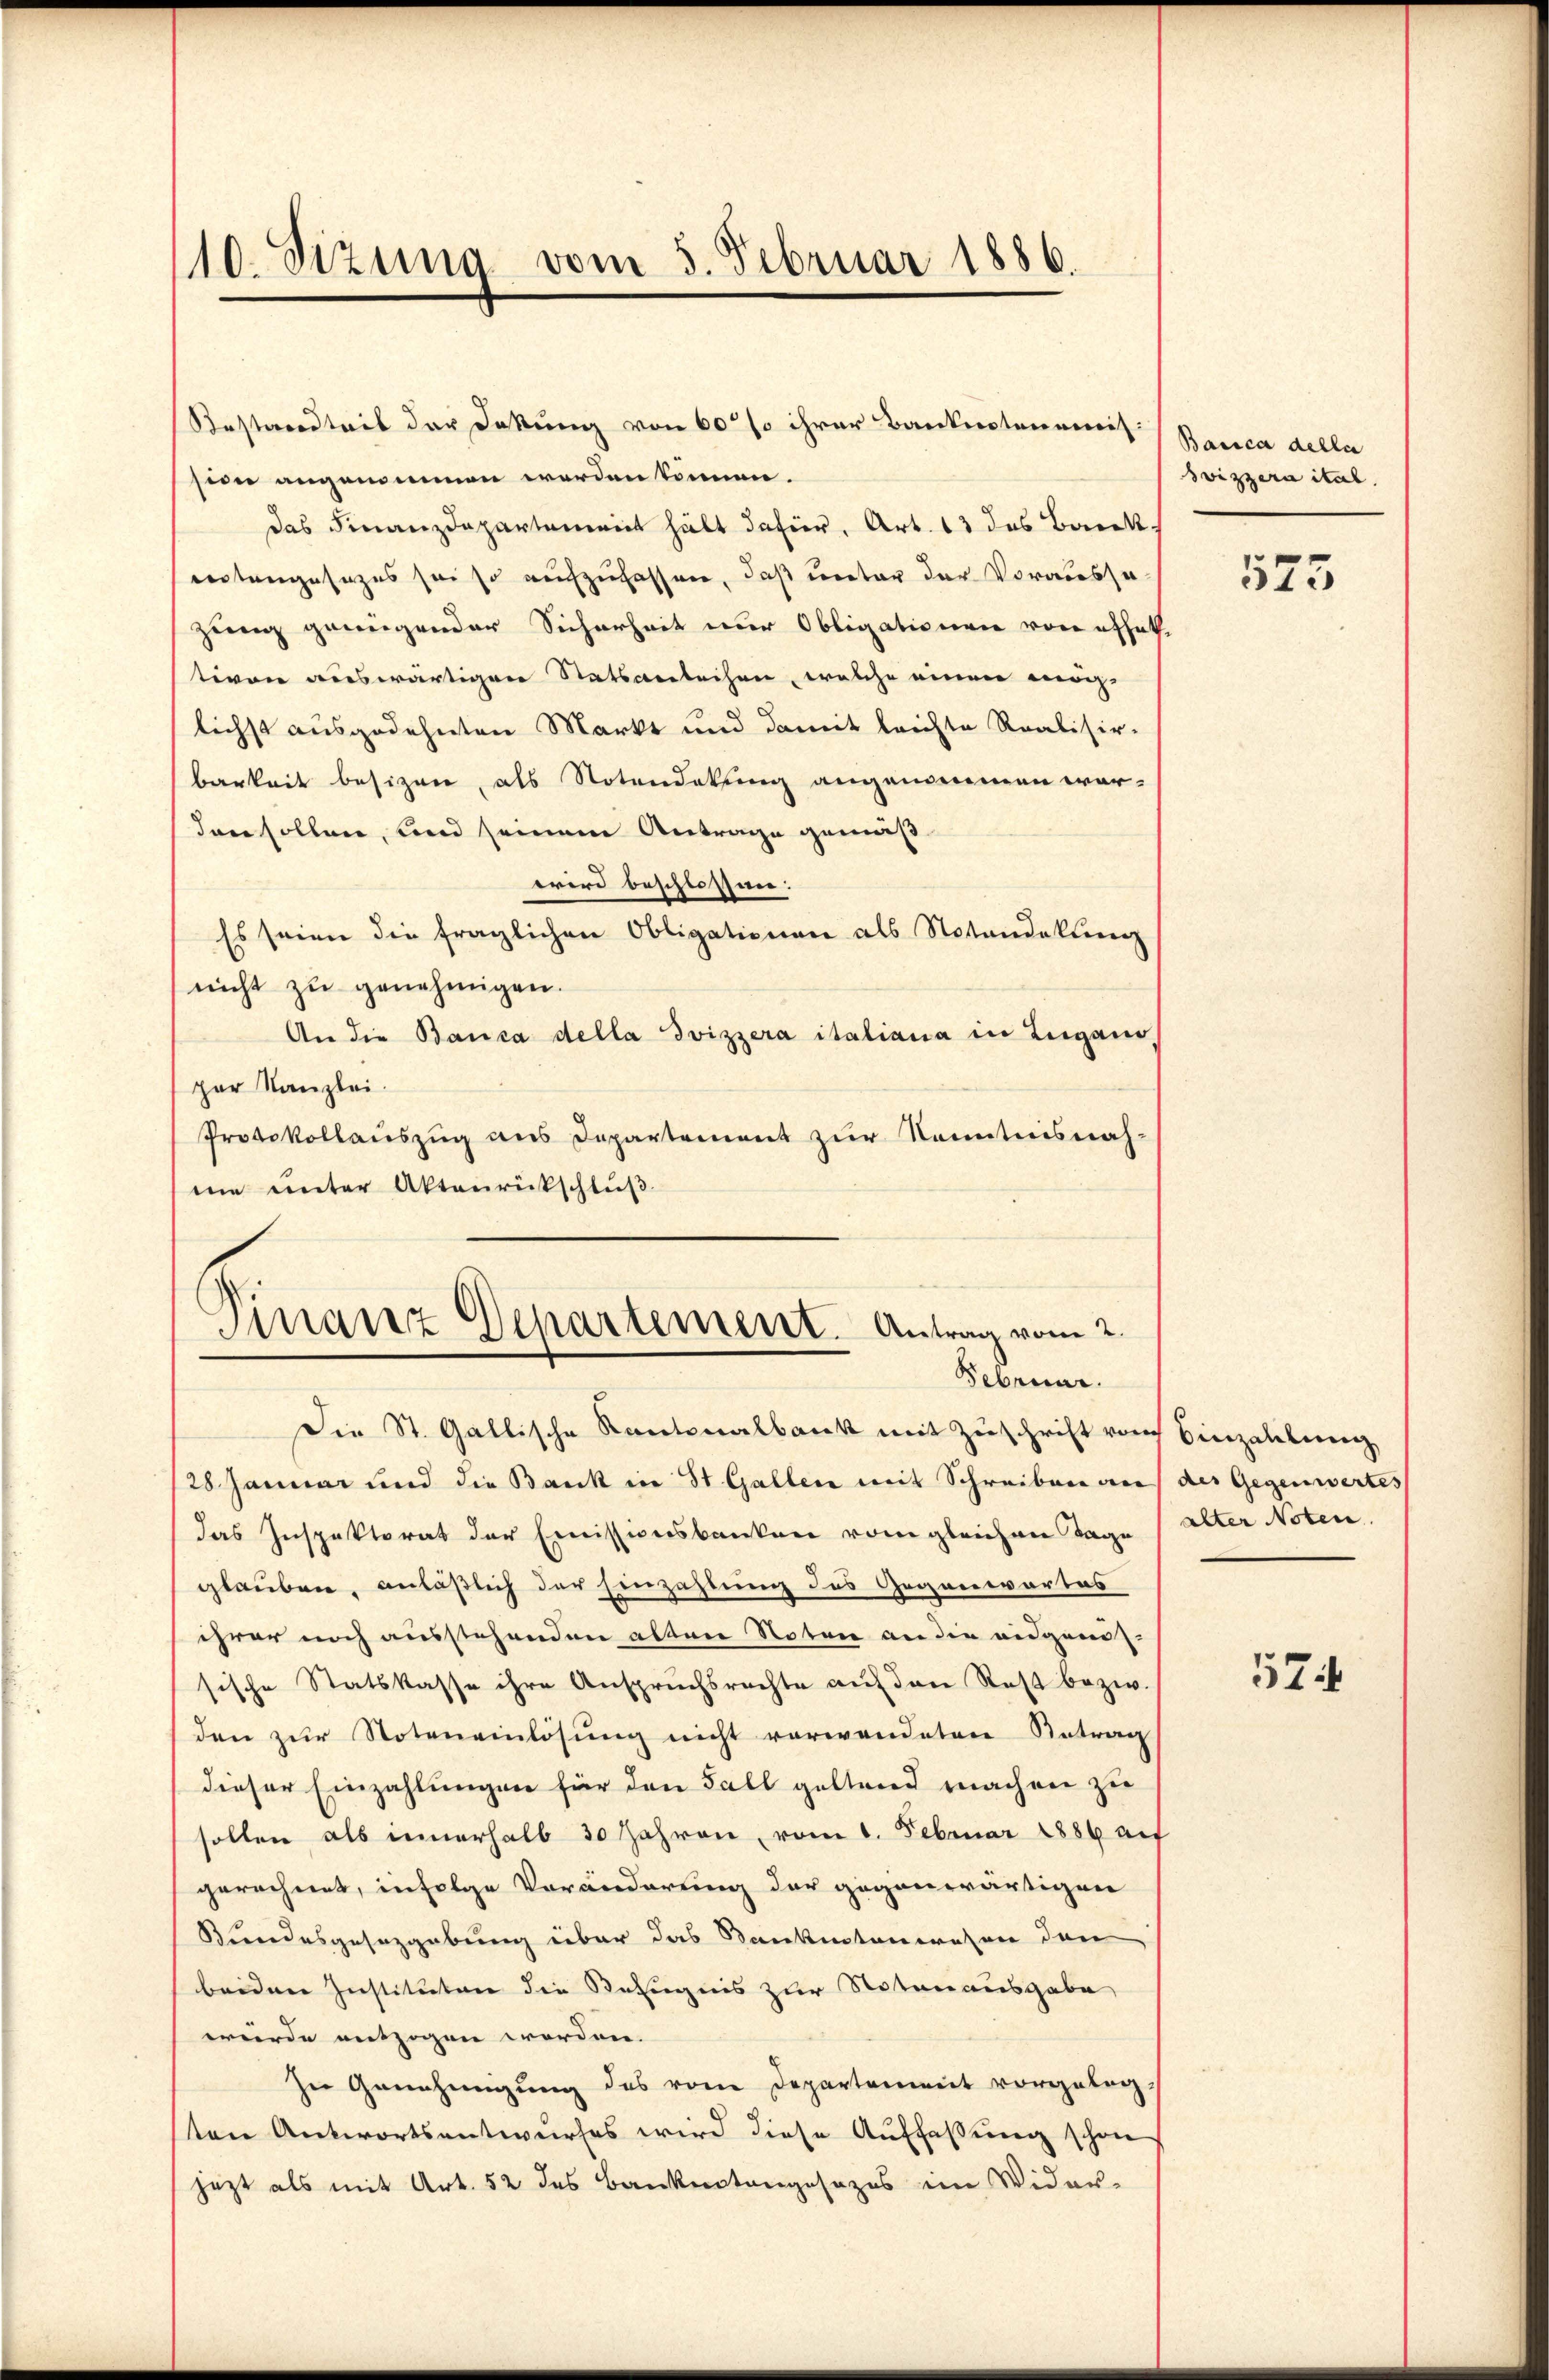
110. Sizung vom 5. Februar 1886.

Restersteil der Dokung von 60% ihrer Banknotenemis
sein angenommen werden können.
das Finanzdepartement hält dahier, Art. 13 das Barck.
erstangesezes sei so aufzufassen, daß unter der Voraussezuig genügender Sicherheit nur Obligationen von effet
tiven auswärtigen Statsanleihen, welche einen mög-
lichst ausgedehnten Markt und damit leichte Realisir-
barkeit besizen, als Notendekling angenommen war-
Tone sollen, und seinem Antrage gemäß
wird beschlossen:
Es seien die fraglichen Obligationen als Notandekung
nicht zu genehmigen.
An die Banca della Svizzera italiana in Zugano
per Kanzlei.
Protokollauszug aus Departement zur Kenntnisnah-
mie unter Aktenrückschluß

Finanz Departement. Antrag vom 2.
Februar.

Die St. Gallische Kantonalbank mit Zuschrift vom Einzahlung
28 Januar und die Bank in St. Gallen mit Schreiben an
das Inspektorat der Emissionsbanken vom gleichen Tage
glauben, anläßlich der Einzahlung des Gegenwartes
ihrer noch ausstehenden alten Noter an die eidgenös-
sische Statskasse ihre Anspruchsrechte auf den Rest bezw.
den zŭr Noteneinlösung nicht verwendeten Betrag
dieser Einzahlungen für den Fall geltend machen zu
sollen als innerhalb 30 Jahren, vom 1. Februar 1889 auf
gerechnet, infolge Veränderung der gegenwärtigen
Bundesgesezgebung über das Bankenstanwesen den
beiden Instituten die Befugnis zur Notarausgabe
würde entzogen worden.
Zu Genehmigung des vom Departement vorgelegten Antwortsentwurfes wird diese Auffassung schon
jezt als mit Art. 52 des Bankentangesezes im Wider-

Banica della
Svizzera ital.

575

des Gegenwertes
alter Noten.

57